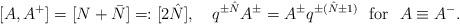
LaTeX: \begin{align*}[A,A^+]=[N+\bar N]=:[2\hat N],\ \ \ q^{\pm \hat N}A^\pm= A^\pm q^{\pm(\hat N\pm1)}\ \ \mbox{for}\ \ A\equiv A^-.\end{align*}